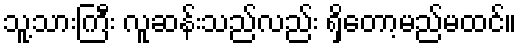
သူ့သားကြီး လူဆန်းသည်လည်း ရှိတော့မည်မထင်။